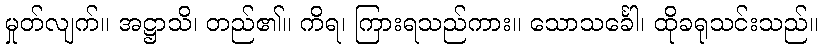
မှုတ်လျက်။ အဋ္ဌာသိ၊ တည်၏။ ကိရ၊ ကြားရသည်ကား။ သောသင်္ခေါ၊ ထိုခရုသင်းသည်။